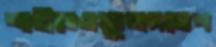
শাহীতেওফুলদলেপ